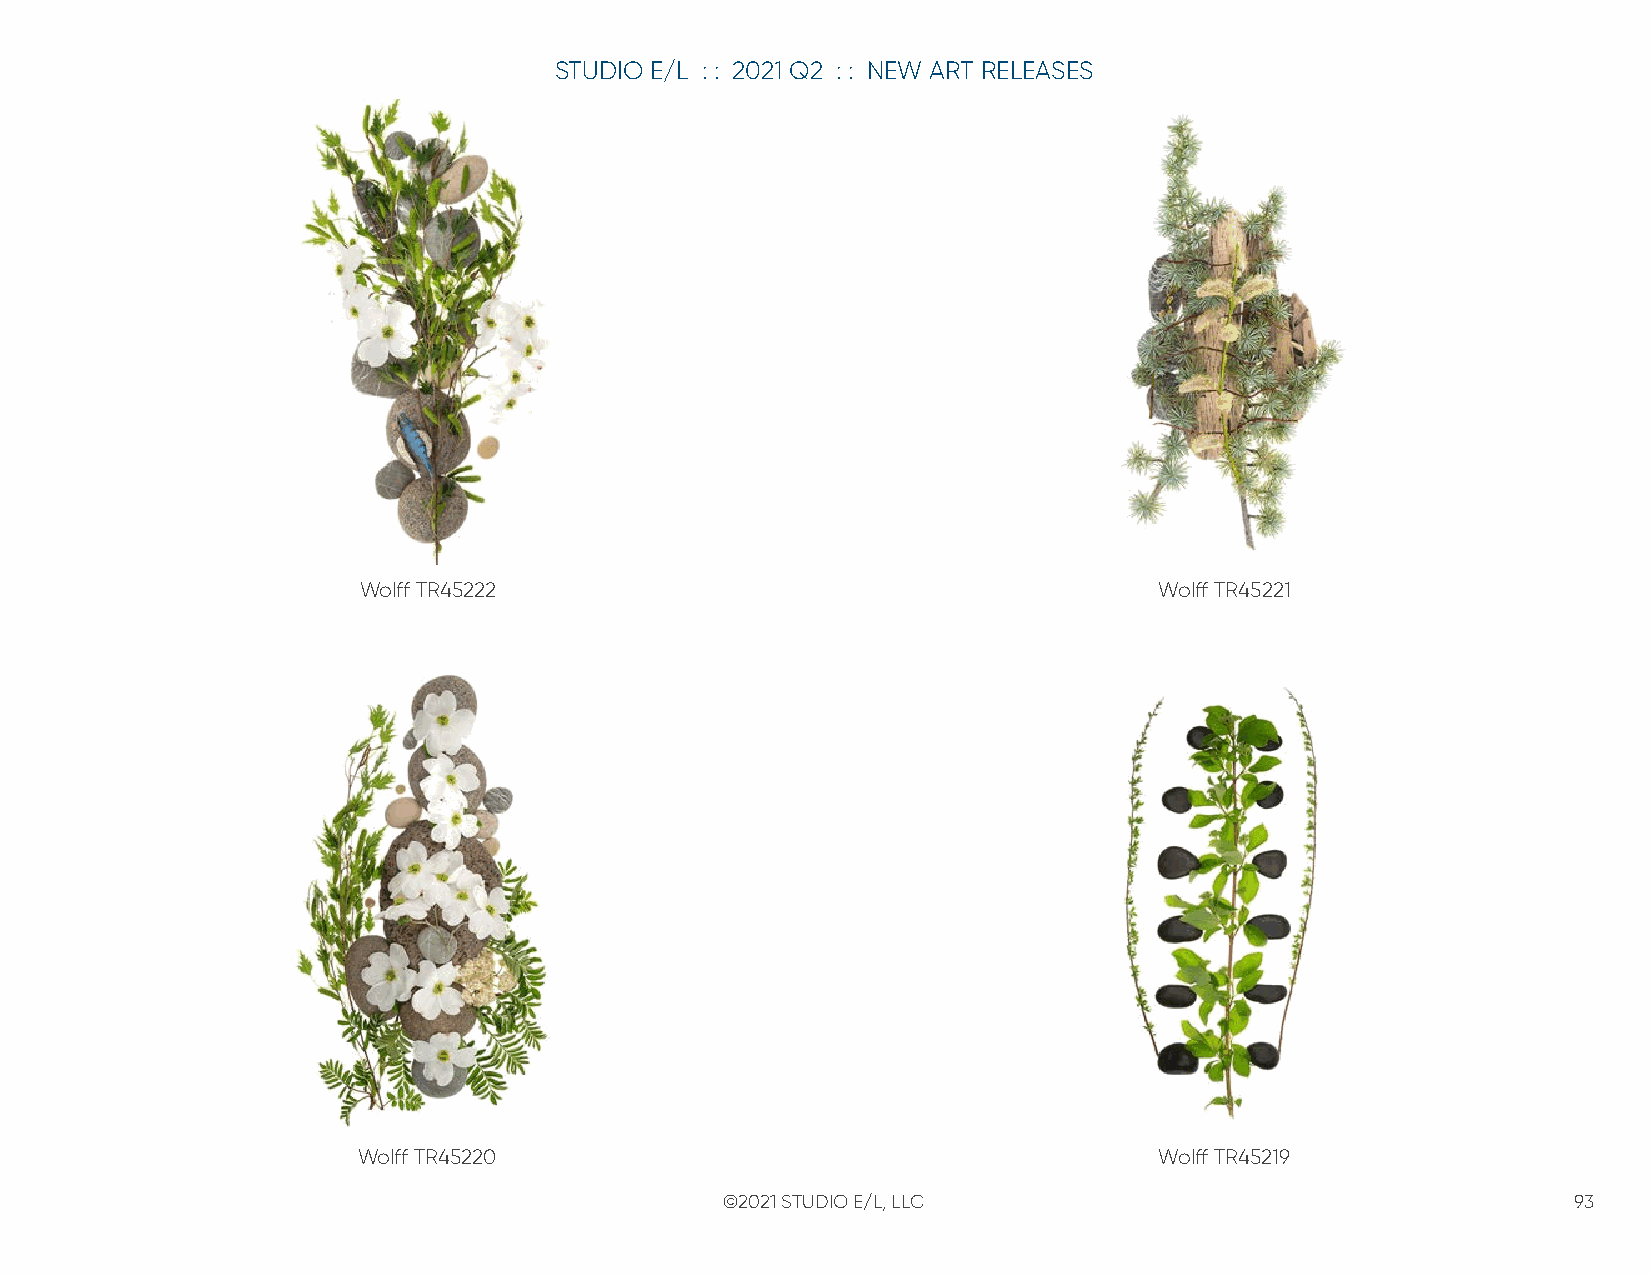
STUDIO E/L : : 2021 Q2 : : NEW ART RELEASES
 Wolff TR45222                                        Wolff TR45221
 Wolff TR45220                                        Wolff TR45219
 ©2021 STUDIO E/L, LLC                                   93